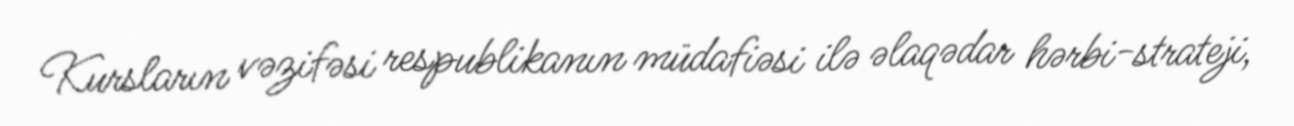
Kursların vəzifəsi respublikanın müdafiəsi ilə əlaqədar hərbi-strateji,